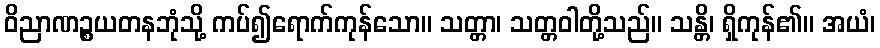
ဝိညာဏဉ္စယတနဘုံသို့ ကပ်၍ရောက်ကုန်သော။ သတ္တာ၊ သတ္တဝါတို့သည်။ သန္တိ၊ ရှိကုန်၏။ အယံ၊